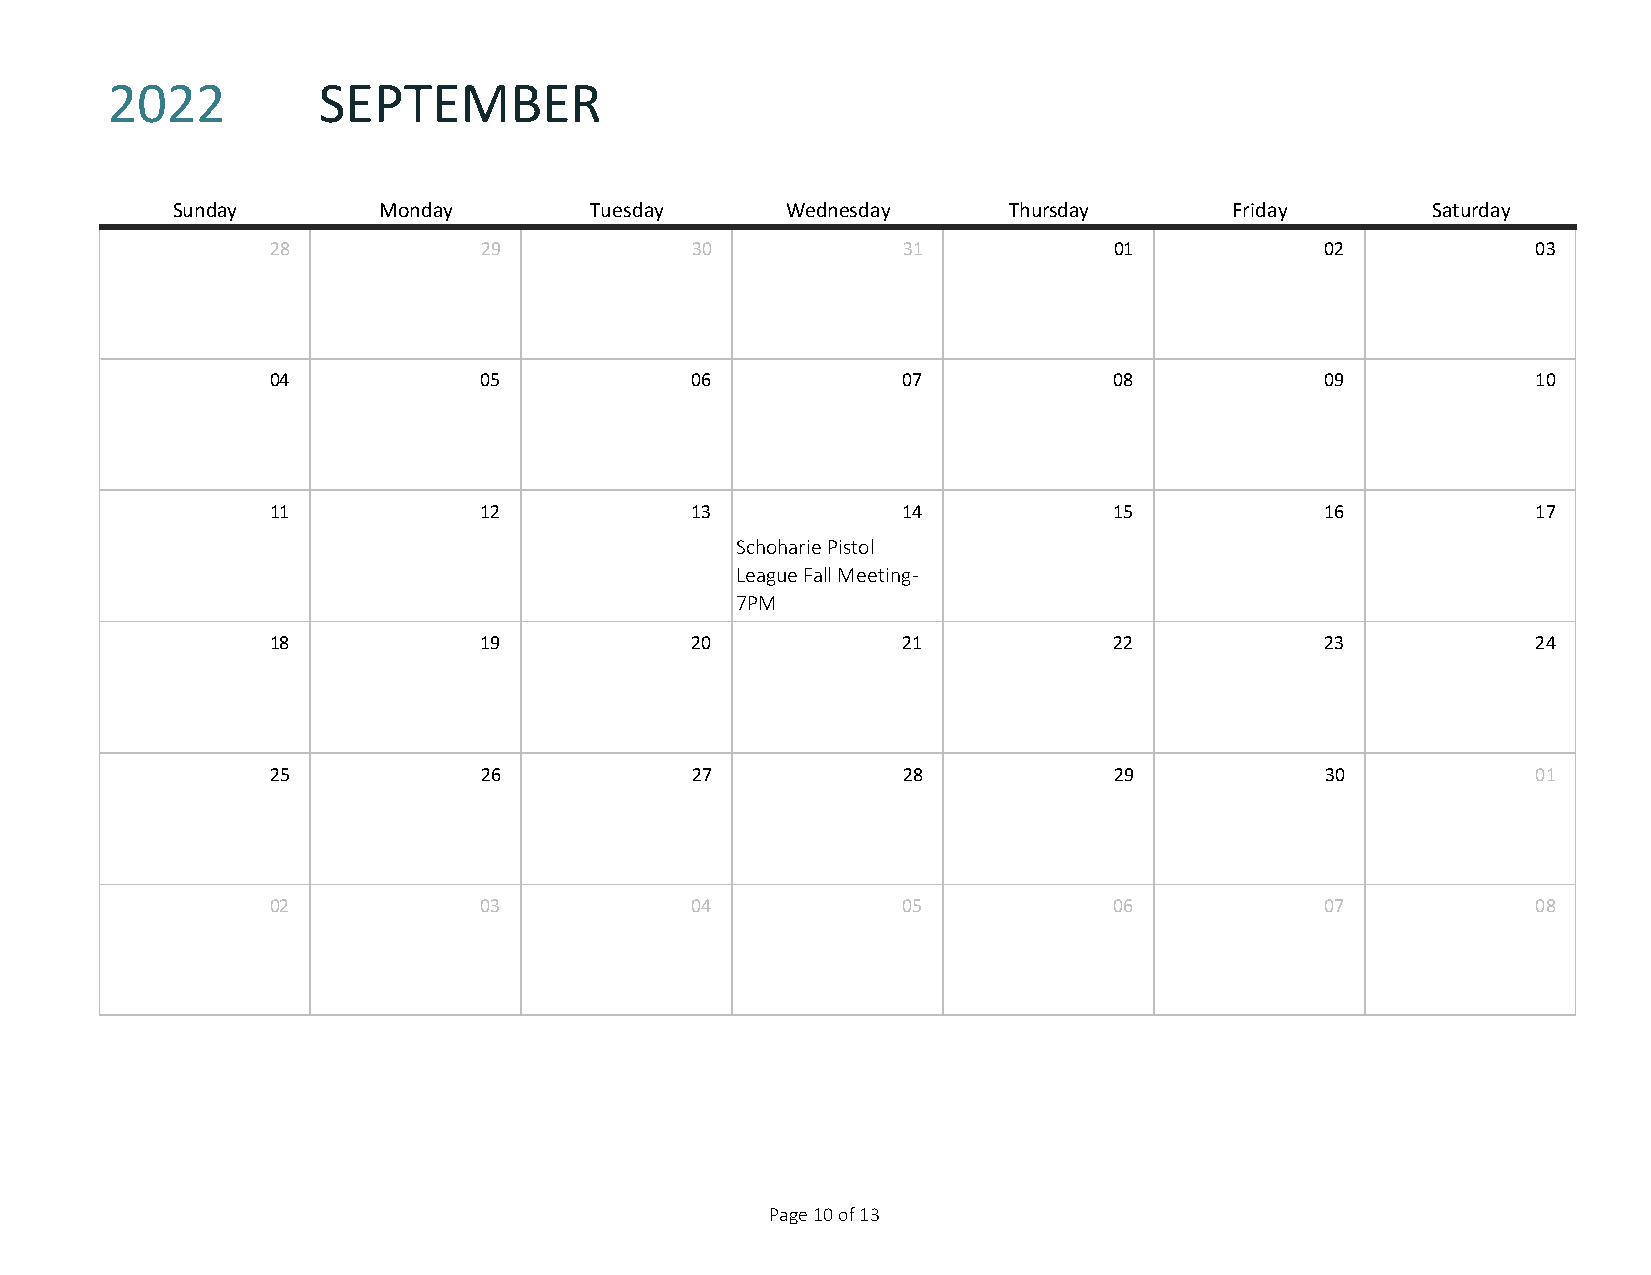
2022          SEPTEMBER
 SUNDAY
 Sunday        Monday        Tuesday      Wednesday      Thursday       Friday       Saturday
 28            29            30            31            01            02            03
 04            05            06            07            08            09            10
 11            12            13            14            15            16            17
 Schoharie Pistol
 League Fall Meeting-
 7PM
 18            19            20            21            22            23            24
 25            26            27            28            29            30            01
 02            03            04            05            06            07            08
 Page 10 of 13